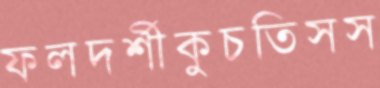
ফলদর্শীকুচতিসস